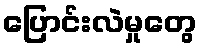
ပြောင်းလဲမှုတွေ